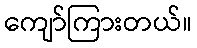
ကျော်ကြားတယ်။